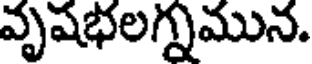
వృషభలగ్నమున.